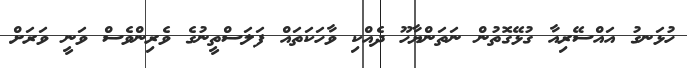
ހުޅަނގު އައްސޭރިއާ ގުޅޭގޮތުން ނަތަންޔާހޫ ދެއްކި ވާހަކަތައް ފަލަސްތީނުގެ ވެރިންވެސް ވަނީ ވަރަށް